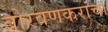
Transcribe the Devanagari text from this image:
बोरवणकरांचा